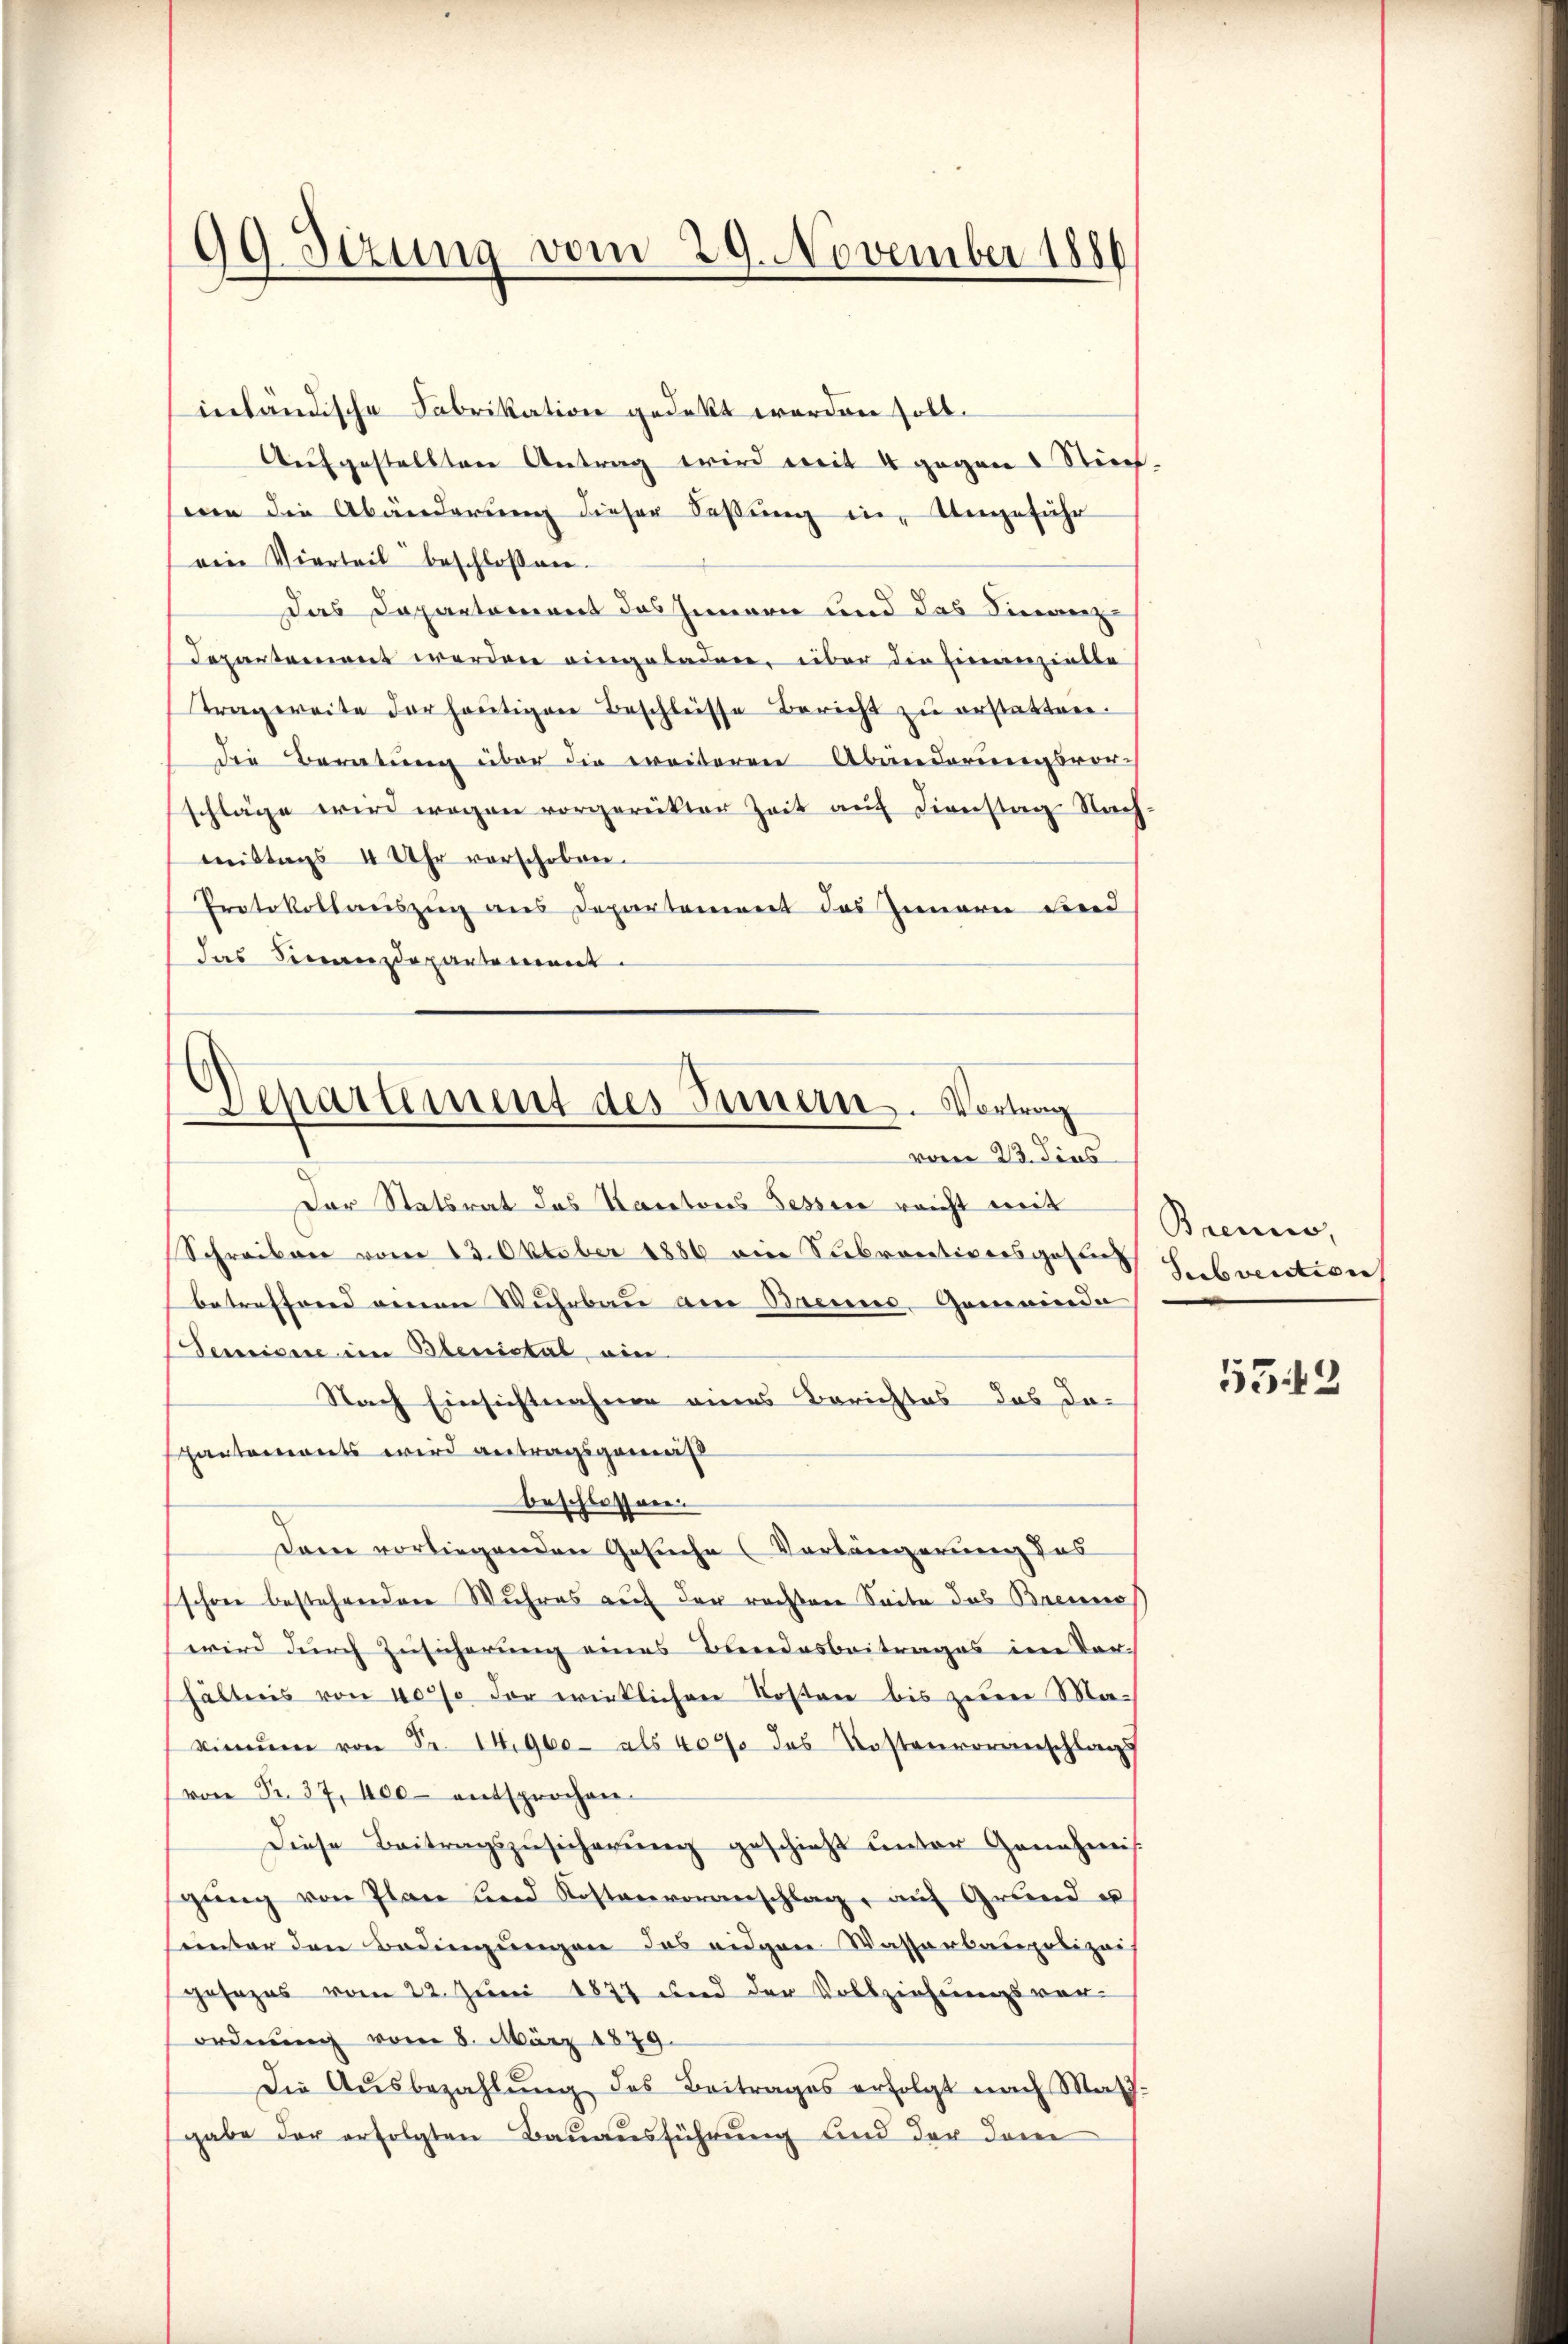
99. Sizung vom 29. November 1881

inländische Fabrikation gedeckt werden soll.
Aufgestellten Antrag wird mit 4 gegen Rich-
wen die Abänderung dieser Sessung in Ungeführ
ein Vierteil beschloßen.
Das Departement des Innern und das Finanz-
Departement werden eingeladen, über die Einanzielle
Tragweite der heŭtigen Beschleisse Bericht zu erstatten.
die Beratung über die weiteren Abänderungsvor-
schläge wird wegen vorgerükter Zeit auf Dienstag Nach
mittags 4 Uhr vorschoben.
Protokollauszug aus Departement des Innern und
das Finanzdepartement.

s
Departement des Innern. Vortrag
vom 23. Fins

Der Statsrat das Kantons Tessin reicht mit
Schreiben vom 13. Oktober 1886 eine Seebrocationsgesung
betreffend einen Wuhrbau am Brenne-Gemeinde
Denisse im Blenistal, ein
Nach Einsichtnahme eines Berichtes das das
artements wird antragsgemeist
beschlossen.
Dann vorliegenden Gesuche Verlängerung des
schon bestehenden Wuhres auf der rechten Seite das Brenns
wird durch Zusicherung eines Bundesbeitrages im Vor-
hältnis von 4000 der wirklichen Kosten bis zum Makimŭm von Fr. 14,900- als 407 das Kostenvoranschlags
von Fr. 37, 400 entsprochen.
Diese Beitragszŭsicherŭng geschieht unter Genehmis
gŭng von Plan und Kostenvoranschlag, auf Grund u
uinter den Bedingŭngen das eidgen Wasserbaupolizei
gesezes vom 22. Juni 1877 und der Vollziehungsvor-
ordnung vom 5. März 1879.
Die Aŭsbezahlŭng des Beitrages erfolgt nach Math.
gabe der erfolgten Bauausführung und der dem

Brenne,
Subvention

5543